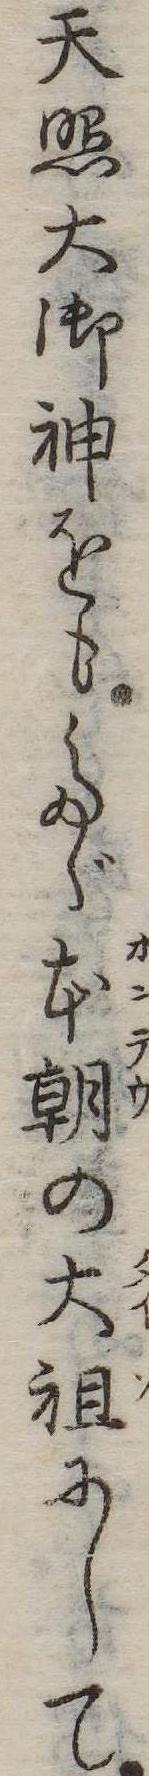
天照大御神をもたゞ本朝の大祖にして